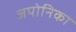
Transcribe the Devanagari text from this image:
जपोनिका